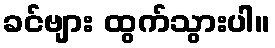
ခင်ဗျား ထွက်သွားပါ။